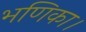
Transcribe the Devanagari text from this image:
भणिका।